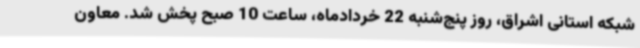
شبکه استانی اشراق، روز پنج‌شنبه 22 خردادماه، ساعت 10 صبح پخش شد. معاون